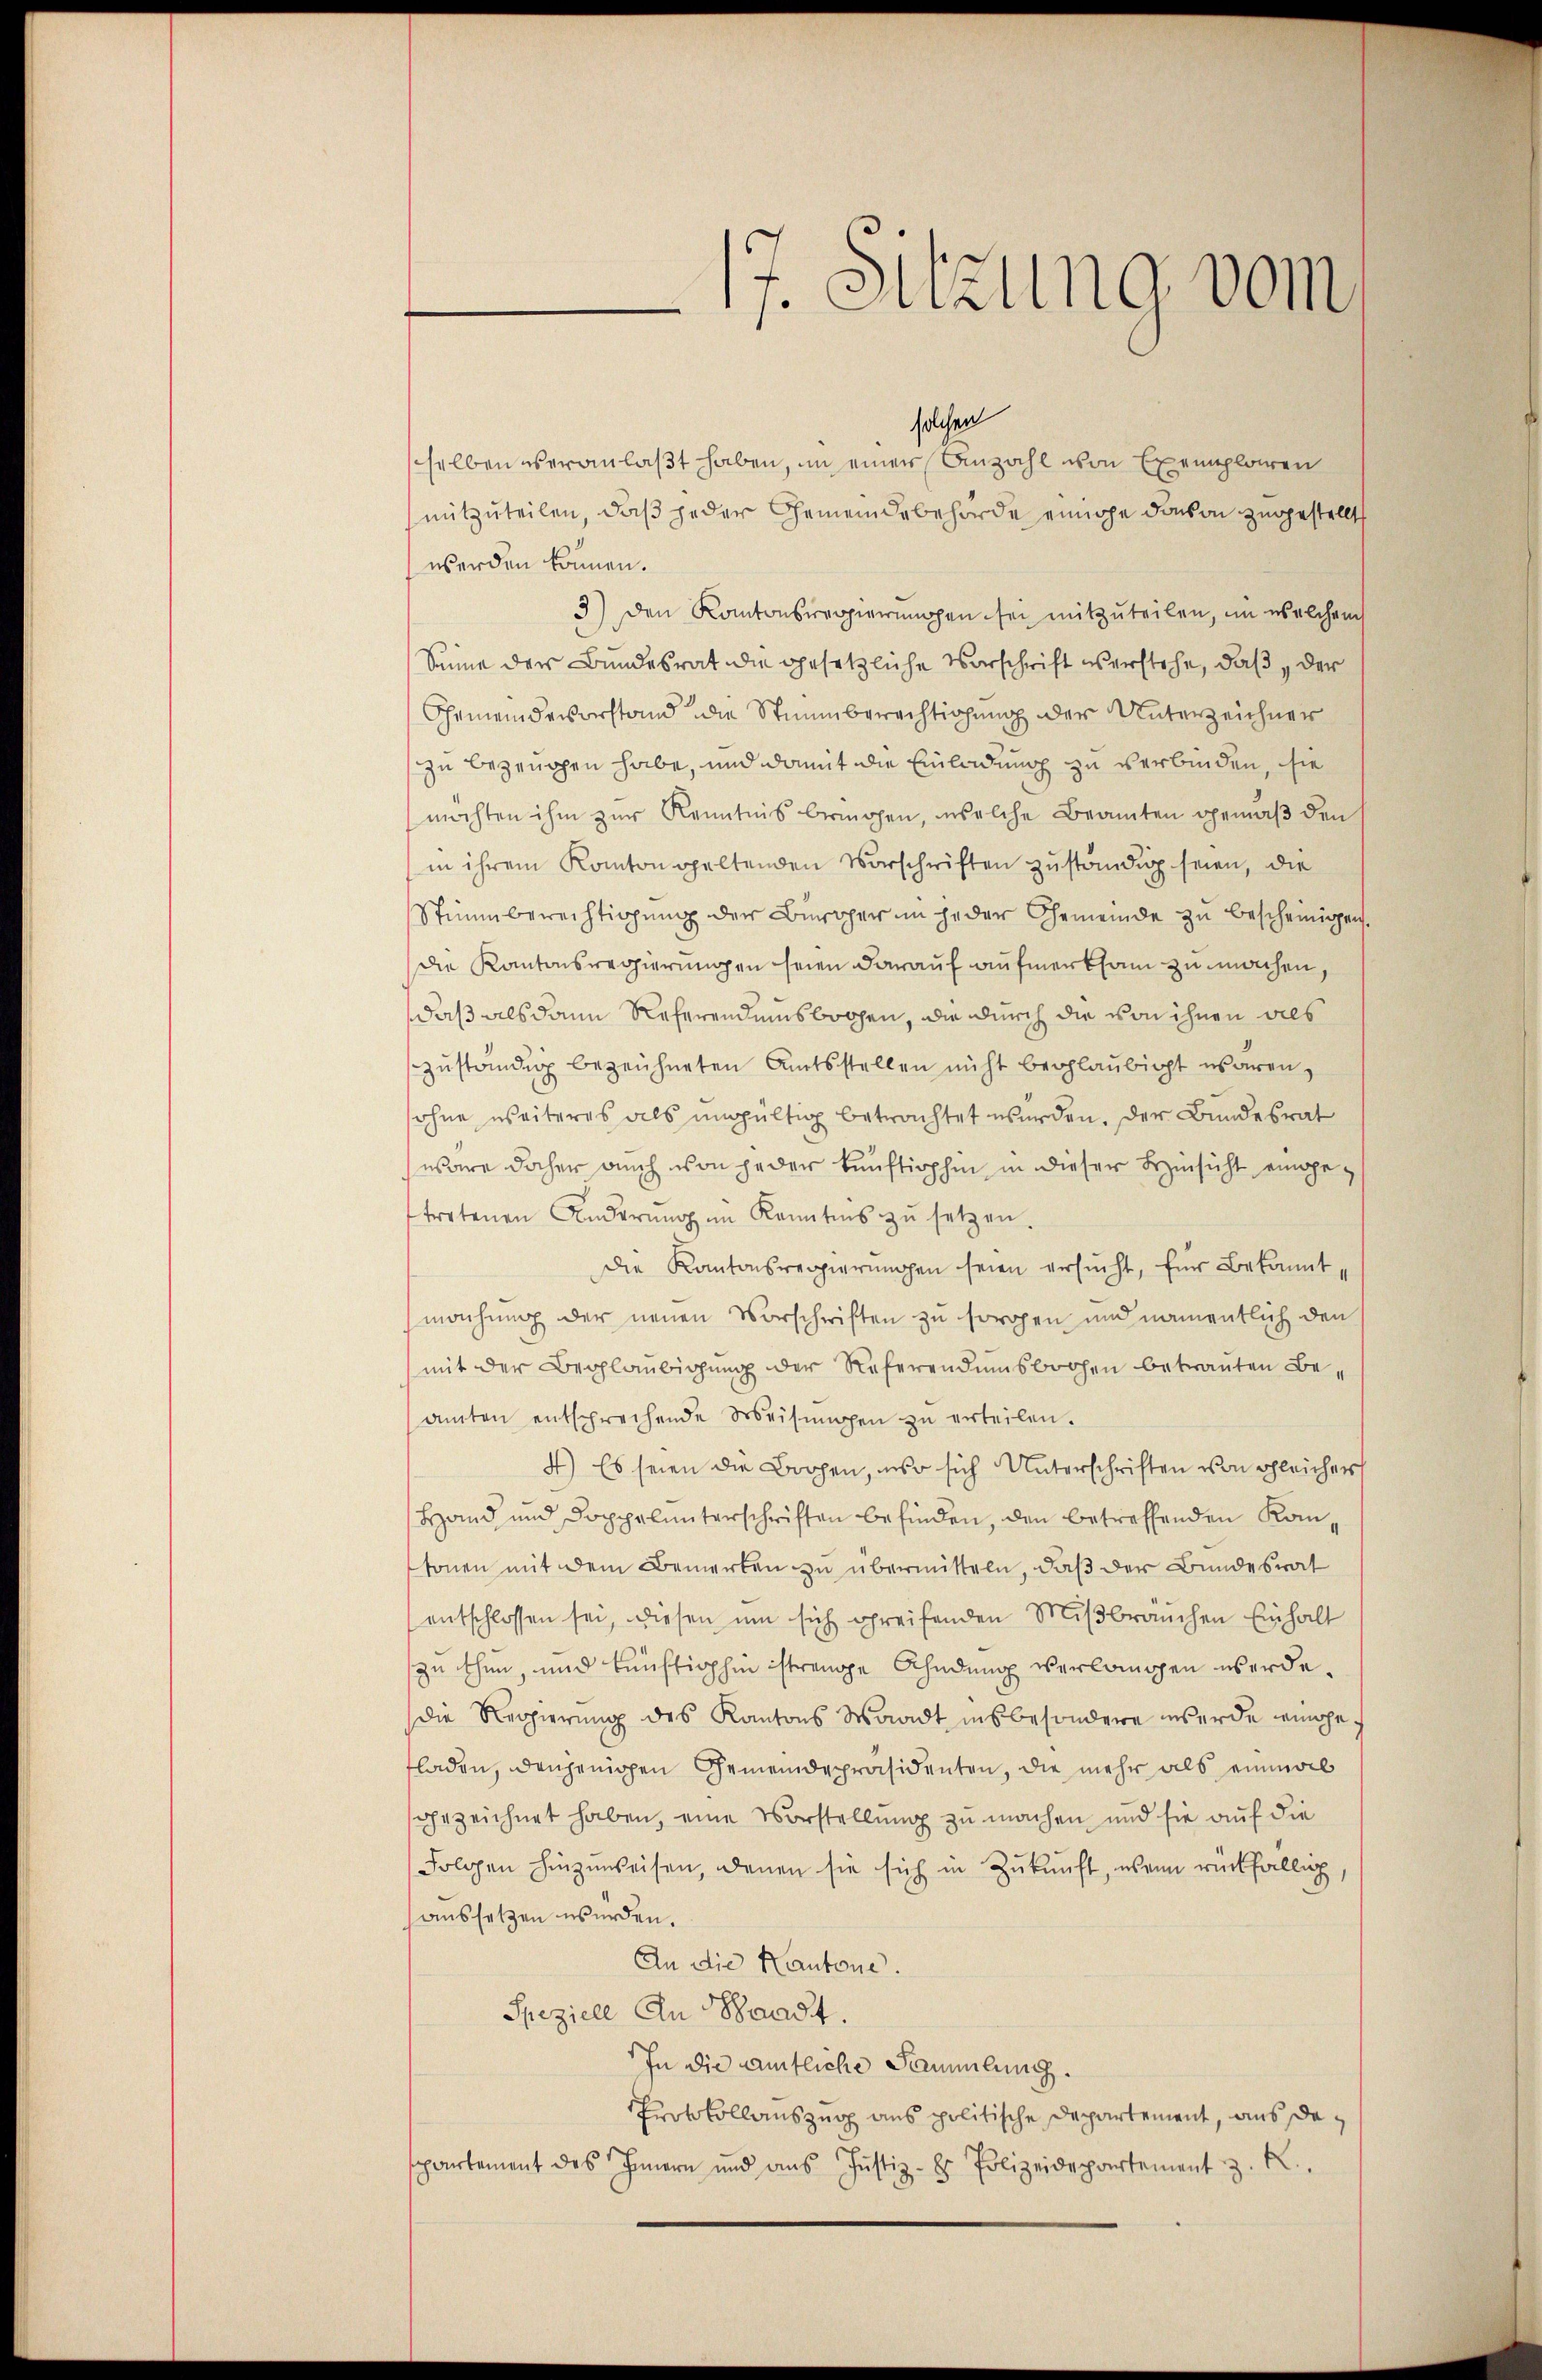
17. Sitzung vom

solchen
selben veranlaßt haben, in einer Anzahl von Exemplaren
mitzuteilen, daß jeder Gemeindebehörde einige davon zugestellt
werden können.
3) den Kantonsregierŭngen sei mitzuteilen, im welchem
Sinne der Bundesrat die gesetzliche Vorschrift verstehe, daß der
Gemeindevorstand die Stimmberechtigung der Unterzeichner
zu bezeugen habe, und damit die Einladung zu verbinden, sie
möchten ihm zŭr Kenntnis bringen, welche Beamten gemäβ den
in ihrem Kantonspaltenden Vorschriften zuständig seien, die
Stimmberechtigung der Bewoher in jeder Gemeinde zu bescheinigen.
Die Kantonsregierungen seien darauf aufmerksam zu machen,
daß als dann Referendeisbachen, die durch die von ihnen als
zŭständig bezeichneten Amtsstellen nicht beglaubigt waren,
sohne weiteres als ungültig betrachtet werden. Der Bundesrat
wäre daher auch von jeder künftighin in dieser Hinsicht eingetretenen Änderŭng im Kenntnis zŭ setzen.
Die Kantonsregierŭngen seien ersŭcht, für Bekannt,
machung der neuen Vorschriften zu sorogen und namentlich den
mit der Beglaubigung der Referendumsboohen betrauten Besamten entsprechende Weisŭngen zŭ erteilen.
4.) Es seien die Bogen, wo sich Unterschriften von gleicher
Hand und Doppelunterschriften befinden, den betreffenden Komtonen mit dem Bemerken zu übermitteln, daß der Bundesrat
entschlossen sei, diesen ŭm sich greifenden Miβbraŭchen Einhalt
szuthen, und künftighin strenge Ahndung verlangen werde.
die Regierung des Kantons Waadt insbesondere werde eingeladen, denjenigen Gemeindepräsidenten, die mehr als einmal
ghezeichnet haben, eine Vorstellung zu machen und sie auf die
Folgen hinzuweisen, denen sie sich in Zukunft, wenn rückfällig,
aussetzen wurden.
An die Kantone.
Speziell An Waadt,
In die amtliche Sammlung.
Protokollauszug aus politische Departement, aus de
spartement des Innern und ans Justiz- Polizeidepartement z. R.